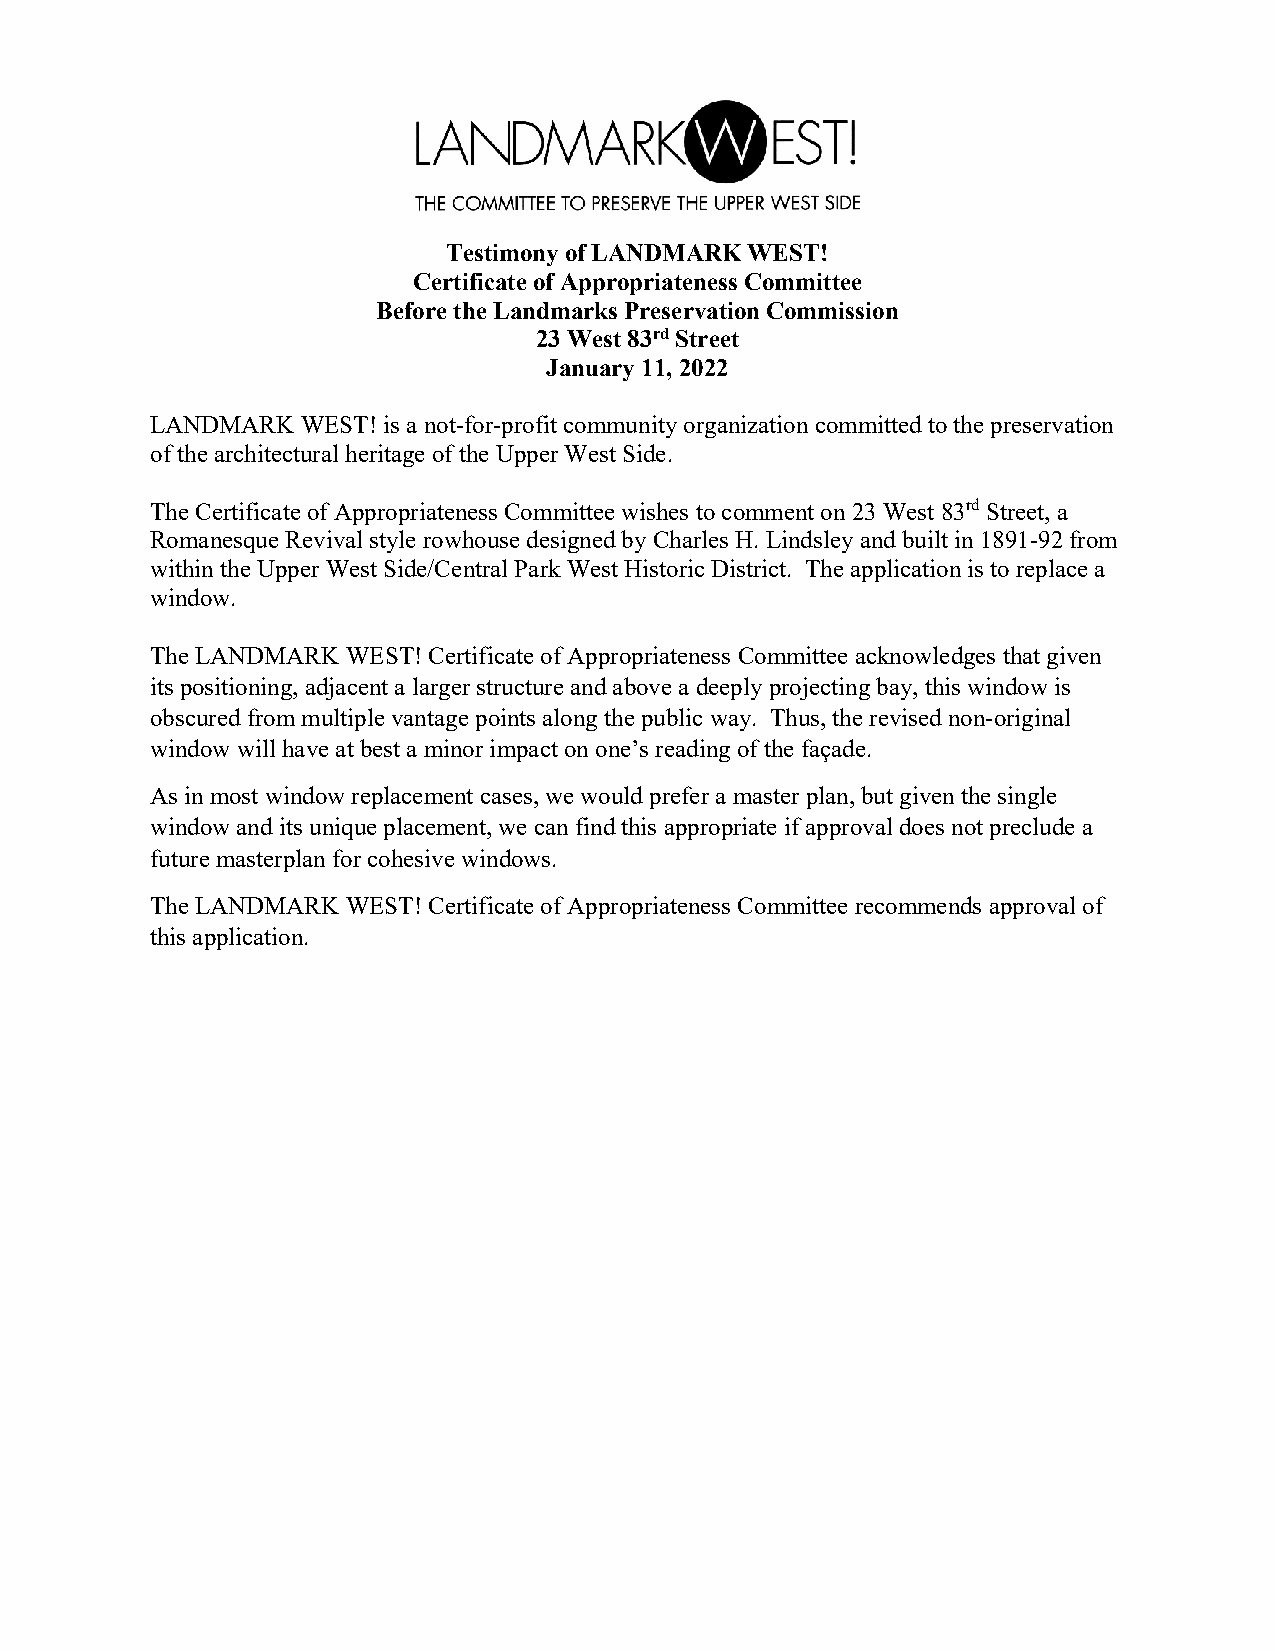
Testimony of LANDMARK WEST!
 Certificate of Appropriateness Committee
 Before the Landmarks Preservation Commission
 23 West 83rd Street
 January 11, 2022
 LANDMARK  WEST! is a not-for-profit community organization committed to the preservation
 of the architectural heritage of the Upper West Side.
 The Certificate of Appropriateness Committee wishes to comment on 23 West 83rd Street, a
 Romanesque Revival style rowhouse designed by Charles H. Lindsley and built in 1891-92 from
 within the Upper West Side/Central Park West Historic District. The application is to replace a
 window.
 The LANDMARK WEST! Certificate of Appropriateness Committee acknowledges that given
 its positioning, adjacent a larger structure and above a deeply projecting bay, this window is
 obscured from multiple vantage points along the public way. Thus, the revised non-original
 window will have at best a minor impact on one’s reading of the façade.
 As in most window replacement cases, we would prefer a master plan, but given the single
 window and its unique placement, we can find this appropriate if approval does not preclude a
 future masterplan for cohesive windows.
 The LANDMARK WEST! Certificate of Appropriateness Committee recommends approval of
 this application.